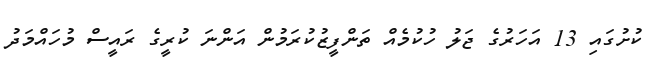
ކުށުގައި 13 އަހަރުގެ ޖަލު ހުކުމެއް ތަންފީޒުކުރަމުން އަންނަ ކުރީގެ ރައީސް މުހައްމަދު